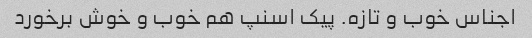
اجناس خوب و تازه. پیک اسنپ هم خوب و خوش برخورد